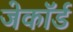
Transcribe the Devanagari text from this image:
जेकॉर्ड